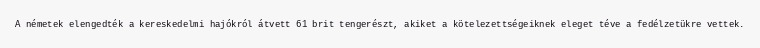
A németek elengedték a kereskedelmi hajókról átvett 61 brit tengerészt, akiket a kötelezettségeiknek eleget téve a fedélzetükre vettek.